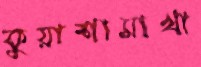
কুয়াশামাখা